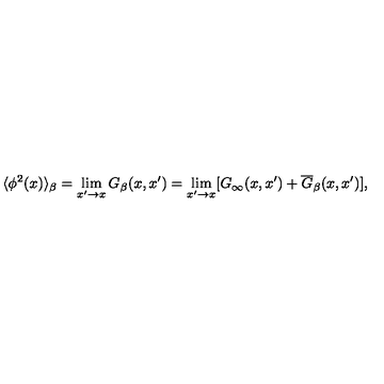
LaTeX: \langle \phi ^ { 2 } ( x ) \rangle _ { \beta } = \lim _ { x ^ { \prime } \rightarrow x } G _ { \beta } ( x , x ^ { \prime } ) = \lim _ { x ^ { \prime } \rightarrow x } [ G _ { \infty } ( x , x ^ { \prime } ) + \overline { { G } } _ { \beta } ( x , x ^ { \prime } ) ] ,